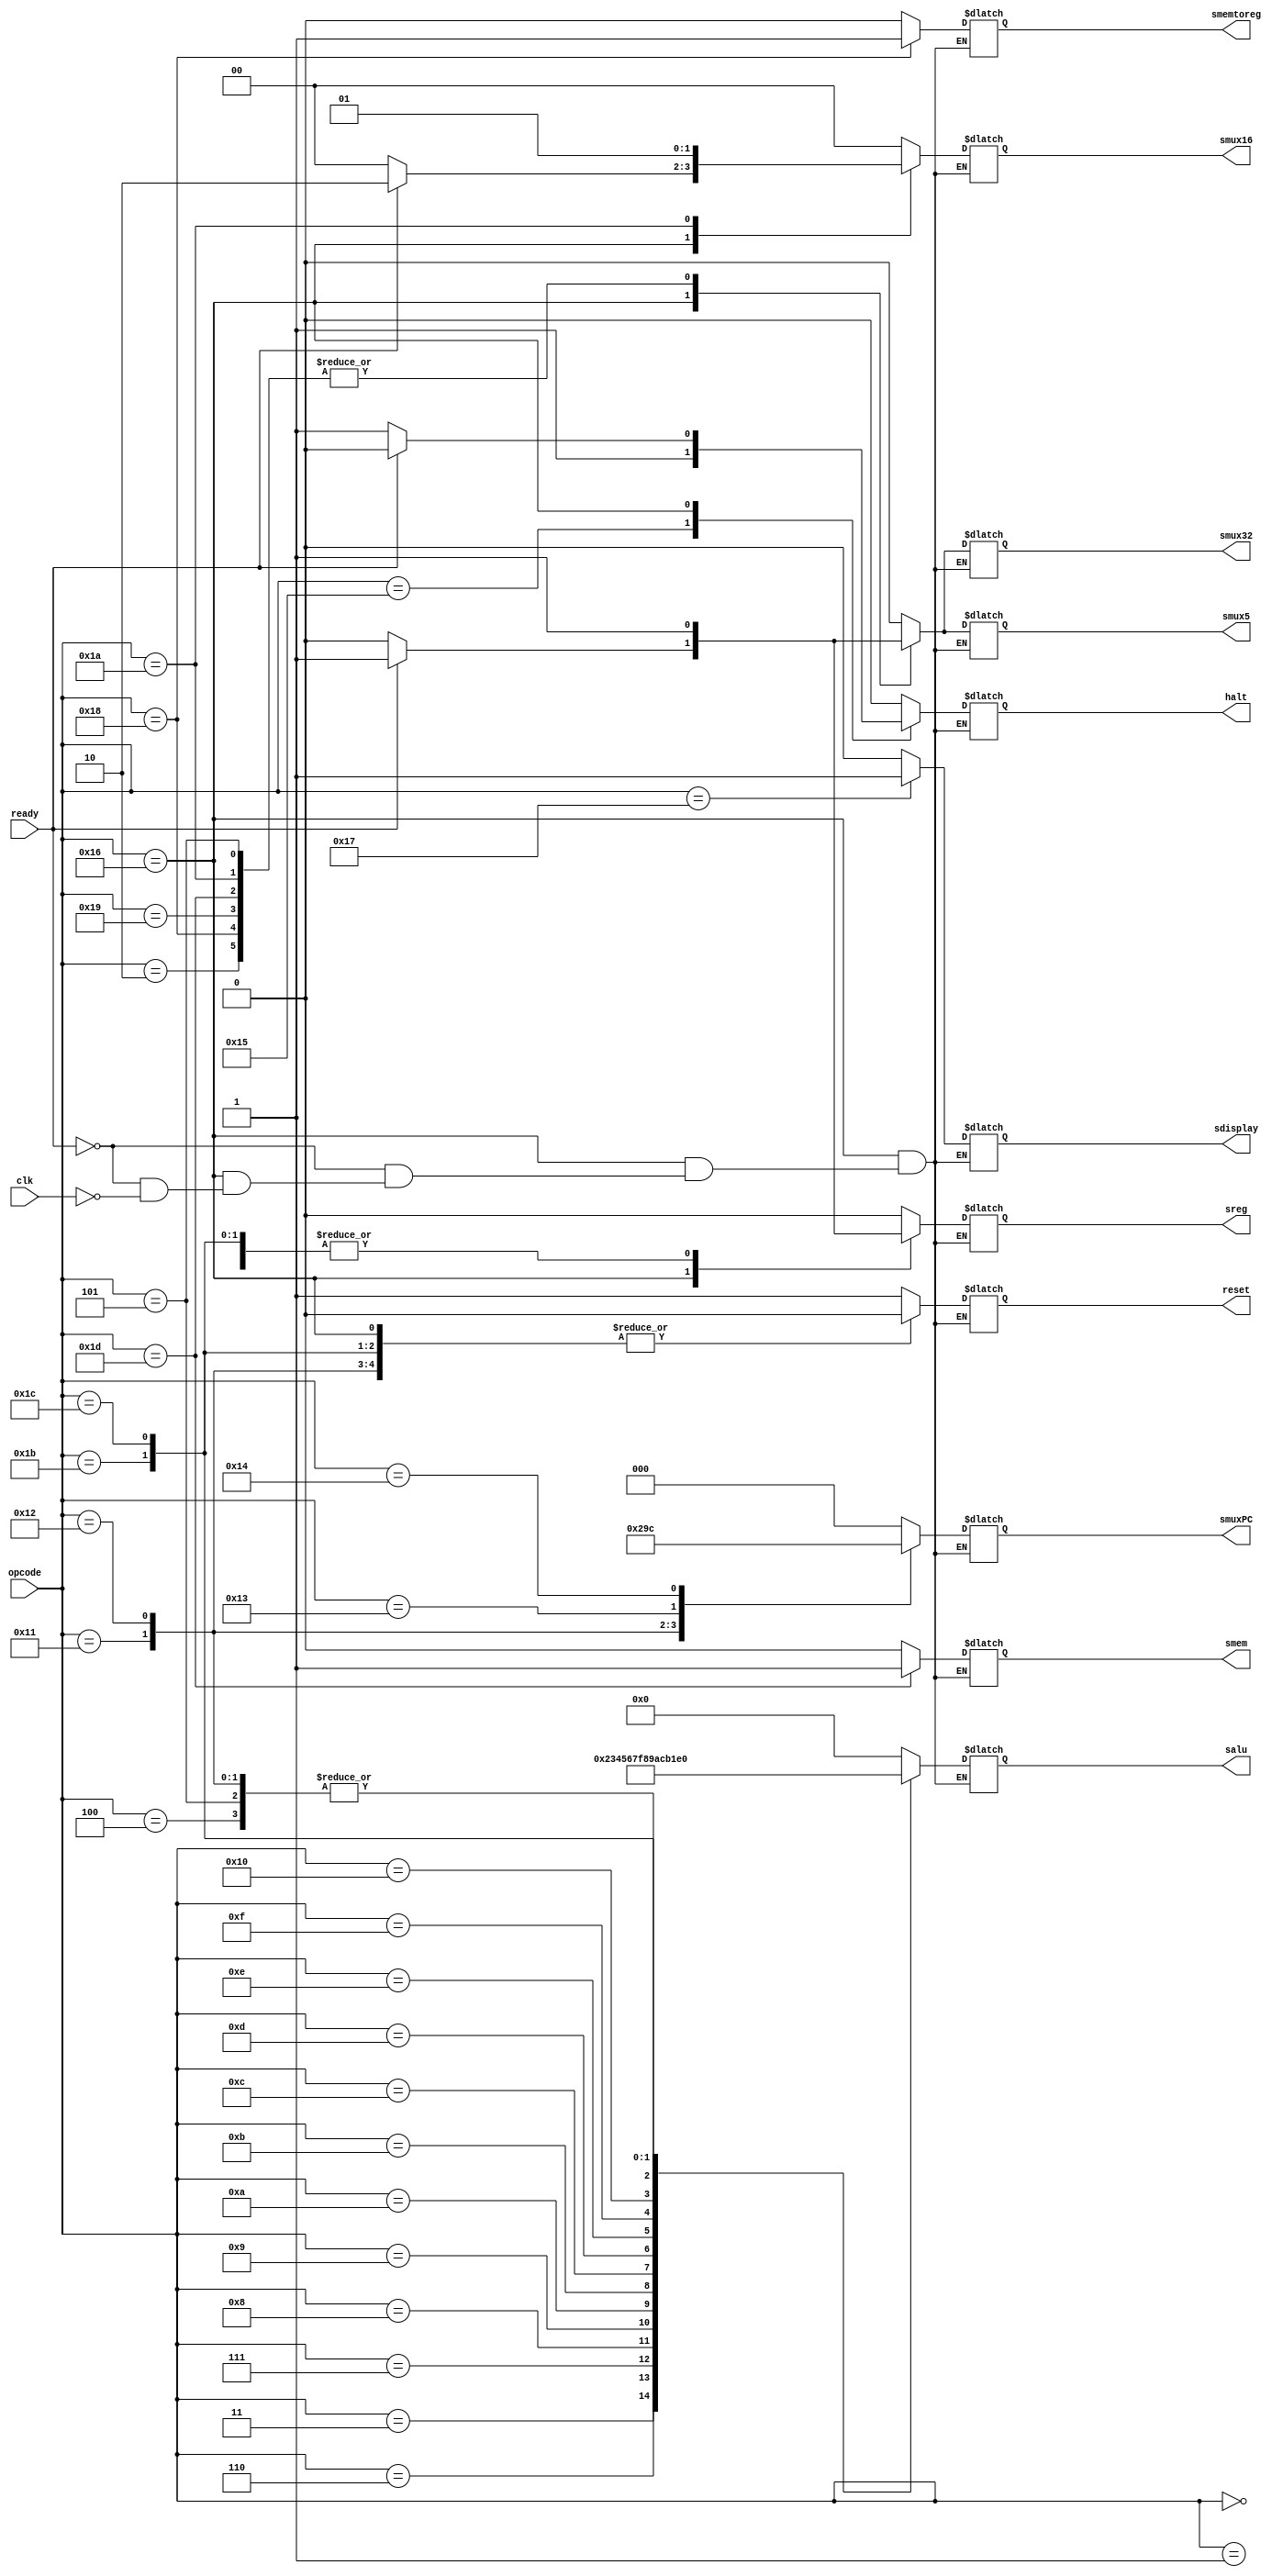
module ControlUnit(clk, ready, opcode, halt, reset, sreg, smux5, smux16, smux32, smuxPC, salu, smem, sdisplay, smemtoreg);
	
	input [5:0] opcode;
	input ready, clk;
	output reg halt, reset, sreg, smux5, smem, sdisplay, smemtoreg, smux32; 
	output reg [1:0] smux16;
	output reg [2:0] smuxPC;
	output reg [3:0] salu;
	
	always@(opcode or ready)
	begin
		case(opcode)
			6'b000000:
			begin
				halt =0;
				reset =0;
				sreg =0;
				smux5 =0;
				smem =0;
				sdisplay =0;
				smemtoreg =0;
				smux32 =0;
				smux16 =2'b00; //1:0	2'b
				smuxPC =3'b000; //2:0	3'b
				salu =4'b0000;	 //3:0	4'b
			end
			6'b000001:
			begin
				halt =0;
				reset =0;
				sreg =1;
				smux5 =0;
				smem =0;
				sdisplay =0;
				smemtoreg =0;
				smux32 =0;
				smux16 =2'b00; //1:0
				smuxPC =3'b000; //2:0
				salu =4'b0000;	 //3:0
			end
			6'b000010:
			begin
				halt =0;
				reset =0;
				sreg =1;
				smux5 =1;
				smem =0;
				sdisplay =0;
				smemtoreg =0;
				smux32 =1;
				smux16 =2'b00; //1:0
				smuxPC =3'b000; //2:0
				salu =4'b0000;	 //3:0
			end
			6'b000011:
			begin
				halt =0;
				reset =0;
				sreg =1;
				smux5 =0;
				smem =0;
				sdisplay =0;
				smemtoreg =0;
				smux32 =0;
				smux16 =2'b00; //1:0
				smuxPC =3'b000; //2:0
				salu =4'b0010;	 //3:0
			end
			6'b000100:
			begin
				halt =0;
				reset =0;
				sreg =1;
				smux5 =0;
				smem =0;
				sdisplay =0;
				smemtoreg =0;
				smux32 =0;
				smux16 =2'b00; //1:0
				smuxPC =3'b000; //2:0
				salu =4'b0001;	 //3:0
			end
			6'b000101:
			begin
				halt =0;
				reset =0;
				sreg =1;
				smux5 =1;
				smem =0;
				sdisplay =0;
				smemtoreg =0;
				smux32 =1;
				smux16 =2'b00; //1:0
				smuxPC =3'b000; //2:0
				salu =4'b0001;	 //3:0
			end
			6'b000110:
			begin
				halt =0;
				reset =0;
				sreg =1;
				smux5 =0;
				smem =0;
				sdisplay =0;
				smemtoreg =0;
				smux32 =0;
				smux16 =2'b00; //1:0
				smuxPC =3'b000; //2:0
				salu =4'b0011;	 //3:0
			end
			6'b000111:
			begin
				halt =0;
				reset =0;
				sreg =1;
				smux5 =0;
				smem =0;
				sdisplay =0;
				smemtoreg =0;
				smux32 =0;
				smux16 =2'b00; //1:0
				smuxPC =3'b000; //2:0
				salu =4'b0100;	 //3:0
			end
			6'b001000:
			begin
				halt =0;
				reset =0;
				sreg =1;
				smux5 =0;
				smem =0;
				sdisplay =0;
				smemtoreg =0;
				smux32 =0;
				smux16 =2'b00; //1:0
				smuxPC =3'b000; //2:0
				salu =4'b0101;	 //3:0
			end
			6'b001001:
			begin
				halt =0;
				reset =0;
				sreg =1;
				smux5 =0;
				smem =0;
				sdisplay =0;
				smemtoreg =0;
				smux32 =0;
				smux16 =2'b00; //1:0
				smuxPC =3'b000; //2:0
				salu =4'b0110;	 //3:0
			end
			6'b001010:
			begin
				halt =0;
				reset =0;
				sreg =1;
				smux5 =0;
				smem =0;
				sdisplay =0;
				smemtoreg =0;
				smux32 =0;
				smux16 =2'b00; //1:0
				smuxPC =3'b000; //2:0
				salu =4'b0111;	 //3:0
			end
			6'b001011:
			begin
				halt =0;
				reset =0;
				sreg =1;
				smux5 =0;
				smem =0;
				sdisplay =0;
				smemtoreg =0;
				smux32 =0;
				smux16 =2'b00; //1:0
				smuxPC =3'b000; //2:0
				salu =4'b1111;	 //3:0
			end
			6'b001100:
			begin
				halt =0;
				reset =0;
				sreg =1;
				smux5 =0;
				smem =0;
				sdisplay =0;
				smemtoreg =0;
				smux32 =0;
				smux16 =2'b00; //1:0
				smuxPC =3'b000; //2:0
				salu =4'b1000;	 //3:0
			end
			6'b001101:
			begin
				halt =0;
				reset =0;
				sreg =1;
				smux5 =0;
				smem =0;
				sdisplay =0;
				smemtoreg =0;
				smux32 =0;
				smux16 =2'b00; //1:0
				smuxPC =3'b000; //2:0
				salu =4'b1001;	 //3:0
			end
			6'b001110:
			begin
				halt =0;
				reset =0;
				sreg =1;
				smux5 =0;
				smem =0;
				sdisplay =0;
				smemtoreg =0;
				smux32 =0;
				smux16 =2'b00; //1:0
				smuxPC =3'b000; //2:0
				salu =4'b1010;	 //3:0
			end
			6'b001111:
			begin
				halt =0;
				reset =0;
				sreg =1;
				smux5 =0;
				smem =0;
				sdisplay =0;
				smemtoreg =0;
				smux32 =0;
				smux16 =2'b00; //1:0
				smuxPC =3'b000; //2:0
				salu =4'b1100;	 //3:0
			end
			6'b010000:
			begin
				halt =0;
				reset =0;
				sreg =1;
				smux5 =0;
				smem =0;
				sdisplay =0;
				smemtoreg =0;
				smux32 =0;
				smux16 =2'b00; //1:0
				smuxPC =3'b000; //2:0
				salu =4'b1011;	 //3:0
			end
			6'b010001:
			begin
				halt =0;
				reset =0;
				sreg =0;
				smux5 =0;
				smem =0;
				sdisplay =0;
				smemtoreg =0;
				smux32 =0;
				smux16 =2'b00; //1:0
				smuxPC =3'b001; //2:0
				salu =4'b0001;	 //3:0
			end
			6'b010010:
			begin
				halt =0;
				reset =0;
				sreg =0;
				smux5 =0;
				smem =0;
				sdisplay =0;
				smemtoreg =0;
				smux32 =0;
				smux16 =2'b00; //1:0
				smuxPC =3'b010; //2:0
				salu =4'b0001;	 //3:0
			end
			6'b010011:
			begin
				halt =0;
				reset =0;
				sreg =0;
				smux5 =0;
				smem =0;
				sdisplay =0;
				smemtoreg =0;
				smux32 =0;
				smux16 =2'b00; //1:0
				smuxPC =3'b011; //2:0
				salu =4'b0000;	 //3:0
			end
			6'b010100:
			begin
				halt =0;
				reset =0;
				sreg =0;
				smux5 =0;
				smem =0;
				sdisplay =0;
				smemtoreg =0;
				smux32 =0;
				smux16 =2'b00; //1:0
				smuxPC =3'b100; //2:0
				salu =4'b0000;	 //3:0
			end
			6'b010101:
			begin
				halt =1;
				reset =0;
				sreg =0;
				smux5 =0;
				smem =0;
				sdisplay =0;
				smemtoreg =0;
				smux32 =0;
				smux16 =2'b00; //1:0
				smuxPC =3'b000; //2:0
				salu =4'b0000;	 //3:0
			end
			6'b010110: //IN
			begin
				if(ready==1)
					begin
					halt =0;
					reset =0;
					sreg =1;
					smux5 =1;
					smem =0;
					sdisplay =0;
					smemtoreg =0;
					smux32 =1;
					smux16 =2'b10;  //1:0
					smuxPC =3'b000; //2:0
					salu =4'b0000;	 //3:0
					end
				else if(clk==1)
					begin
						halt =1;
						reset =0;
						sreg =0;
						smux5 =0;
						smem =0;
						sdisplay =0;
						smemtoreg =0;
						smux32 =0;
						smux16 =2'b00;  //1:0	2'b
						smuxPC =3'b000; //2:0	3'b
						salu =4'b0000;	 //3:0	4'b
					end
			end
			6'b010111:
			begin
				halt =0;
				reset =0;
				sreg =0;
				smux5 =0;
				smem =0;
				sdisplay =1;
				smemtoreg =0;
				smux32 =0;
				smux16 =2'b00; //1:0
				smuxPC =3'b000; //2:0
				salu =4'b0000;	 //3:0
			end
			6'b011000:
			begin
				halt =0;
				reset =0;
				sreg =1;
				smux5 =1;
				smem =0;
				sdisplay =0;
				smemtoreg =1;
				smux32 =1;
				smux16 =2'b00; //1:0
				smuxPC =3'b000; //2:0
				salu =4'b0000;	 //3:0
			end
			6'b011001:
			begin
				halt =0;
				reset =0;
				sreg =1;
				smux5 =1;
				smem =0;
				sdisplay =0;
				smemtoreg =0;
				smux32 =1;
				smux16 =2'b00; //1:0
				smuxPC =3'b000; //2:0
				salu =4'b0000;	 //3:0
			end
			6'b011010:
			begin
				halt =0;
				reset =0;
				sreg =1;
				smux5 =1;
				smem =0;
				sdisplay =0;
				smemtoreg =0;
				smux32 =1;
				smux16 =2'b01; //1:0
				smuxPC =3'b000; //2:0
				salu =4'b0000;	 //3:0
			end
			6'b011011:
			begin
				halt =0;
				reset =0;
				sreg =1;
				smux5 =0;
				smem =0;
				sdisplay =0;
				smemtoreg =0;
				smux32 =0;
				smux16 =2'b00; //1:0
				smuxPC =3'b000; //2:0
				salu =4'b1101;	 //3:0
			end
			6'b011100:
			begin
				halt =0;
				reset =0;
				sreg =1;
				smux5 =0;
				smem =0;
				sdisplay =0;
				smemtoreg =0;
				smux32 =0;
				smux16 =2'b00; //1:0
				smuxPC =3'b000; //2:0
				salu =4'b1110;	 //3:0
			end
			6'b011101:
			begin
				halt =0;
				reset =0;
				sreg =0;
				smux5 =1;
				smem =1;
				sdisplay =0;
				smemtoreg =0;
				smux32 =1;
				smux16 =2'b00; //1:0
				smuxPC =3'b000; //2:0
				salu =4'b0000;	 //3:0
			end
			default:
			begin
				halt =0;
				reset =1;
				sreg =0;
				smux5 =0;
				smem =0;
				sdisplay =0;
				smemtoreg =0;
				smux32 =0;
				smux16 =2'b00; //1:0
				smuxPC =3'b000; //2:0
				salu =4'b0000;	 //3:0
			end
		endcase
	end

endmodule